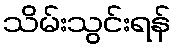
သိမ်းသွင်းရန်